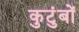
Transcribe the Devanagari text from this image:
कुटुंबों